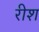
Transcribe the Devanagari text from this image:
रीश